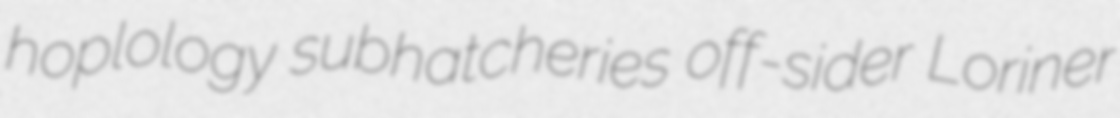
hoplology subhatcheries off-sider Loriner